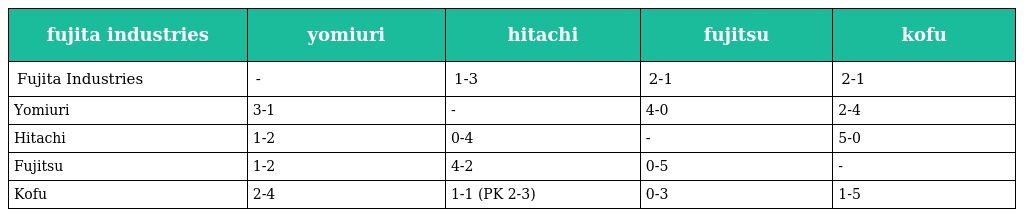
| fujita industries | yomiuri | hitachi | fujitsu | kofu |
 | --- | --- | --- | --- | --- |
 | Fujita Industries | - | 1-3 | 2-1 | 2-1 |
 | Yomiuri | 3-1 | - | 4-0 | 2-4 |
 | Hitachi | 1-2 | 0-4 | - | 5-0 |
 | Fujitsu | 1-2 | 4-2 | 0-5 | - |
 | Kofu | 2-4 | 1-1 (PK 2-3) | 0-3 | 1-5 |